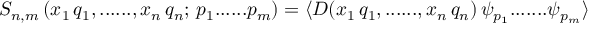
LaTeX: \left. S _ { n , m } \, ( x _ { 1 } \, q _ { 1 } , . . . . . . , x _ { n } \, q _ { n } ; \, p _ { 1 } . . . . . . p _ { m } ) = \langle { \cal D } ( x _ { 1 } \, q _ { 1 } , . . . . . . , x _ { n } \, q _ { n } ) \, \psi _ { p _ { 1 } } . . . . . . . \psi _ { p _ { m } } \rangle \right.